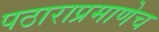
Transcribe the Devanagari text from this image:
पठाराप्रमाणेच